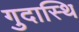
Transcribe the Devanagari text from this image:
गुदास्थि